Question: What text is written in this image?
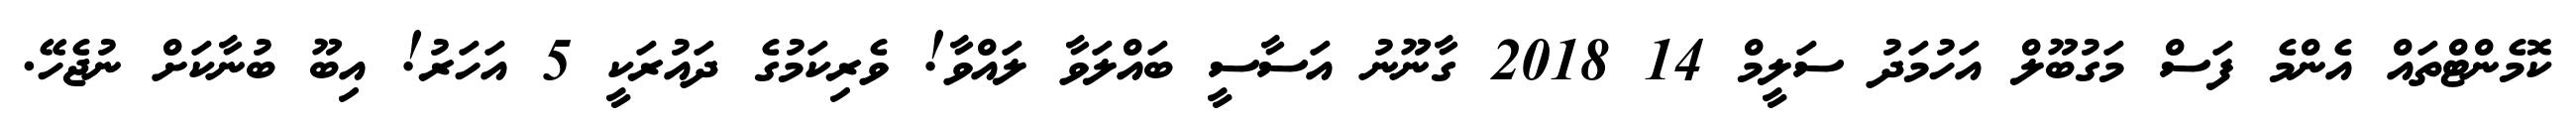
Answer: ކޮމެންޓްތައް އެންމެ ފަސް މަގުބޫލް އަހުމަދު ސަލީމް 14 2018 ގާނޫނު އަސާސީ ބައްލަވާ ލައްވާ! ވެރިކަމުގެ ދައުރަކީ 5 އަހަރު! އިބޫ ބުނާކަށް ނުޖެހޭ.